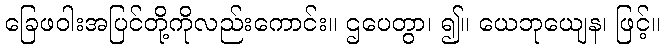
ခြေဖဝါးအပြင်တို့ကိုလည်းကောင်း။ ဌပေတွာ၊ ၍။ ယေဘုယျေန၊ ဖြင့်။